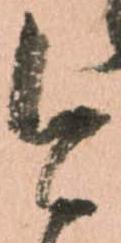
今